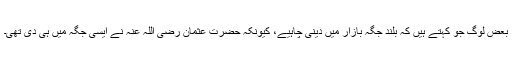
بعض لوگ جو کہتے ہیں کہ بلند جگہ بازار میں دینی چاہیے، کیونکہ حضرت عثمان رضی اللہ عنہ نے ایسی جگہ میں ہی دی تھی۔